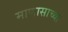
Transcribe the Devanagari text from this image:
माणासाच्या